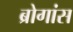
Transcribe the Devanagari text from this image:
ब्रोगांस